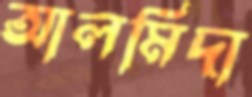
আলমিদা